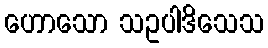
ဟောသော သဥပါဒိသေသ